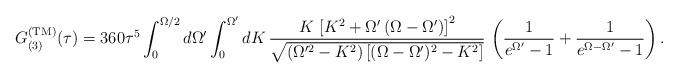
LaTeX: \begin{align*}G^{\rm (TM)}_{(3)}(\tau)= 360\tau^5\int_0^{\Omega/2}d\Omega' \int_0^{\Omega'} dK\,\frac{K\,\left[K^2+\Omega'\left(\Omega-\Omega'\right)\right]^2} {\sqrt{(\Omega'^2-K^2)\left[(\Omega-\Omega')^2-K^2\right]}}\,\left(\frac{1}{e^{\Omega'}-1}+\frac{1}{e^{\Omega-\Omega'}-1}\right).\end{align*}